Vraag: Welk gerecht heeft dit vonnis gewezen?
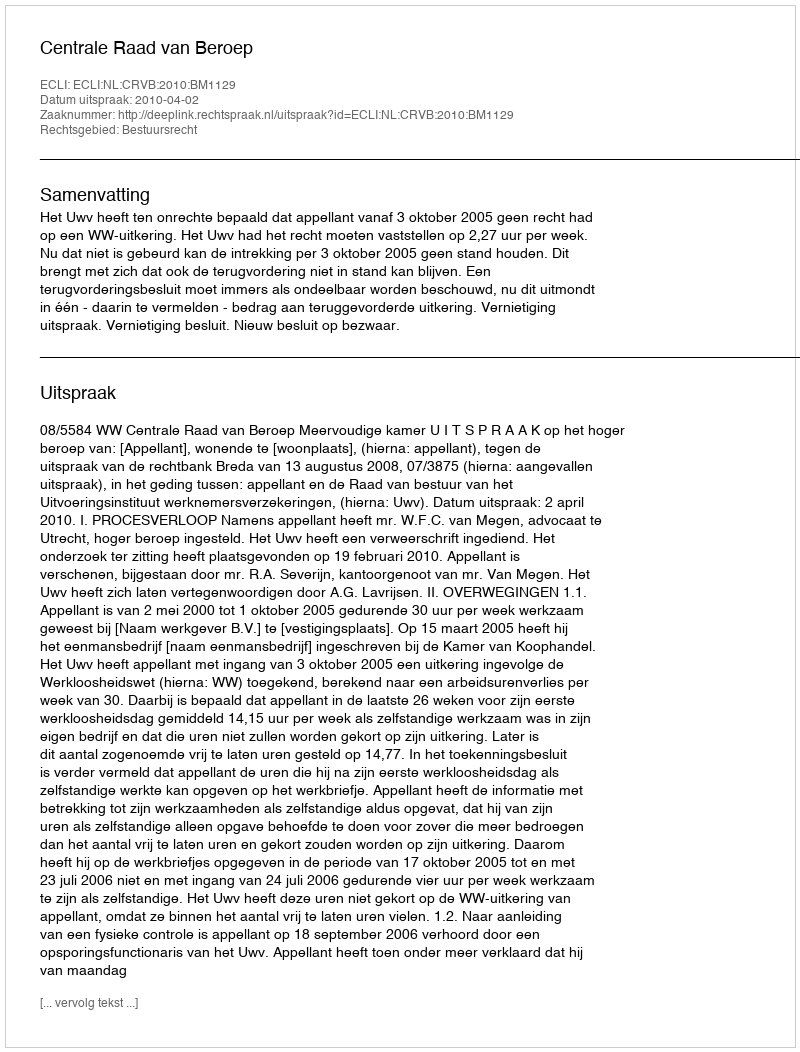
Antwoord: Centrale Raad van Beroep